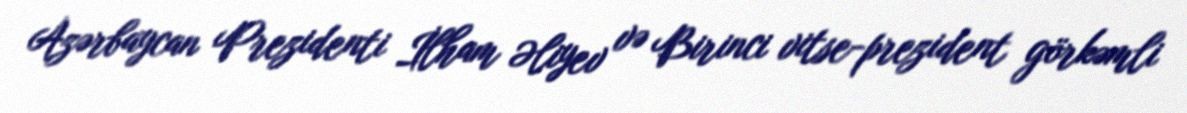
Azərbaycan Prezidenti İlham Əliyev və Birinci vitse-prezident görkəmli